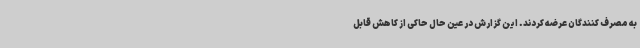
به مصرف کنندگان عرضه کردند. این گزارش در عین حال حاکی از کاهش قابل